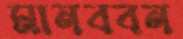
মানববন